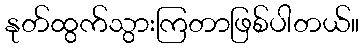
နုတ်ထွက်သွားကြတာဖြစ်ပါတယ်။